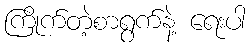
ကြိုက်တဲ့စာရွက်နဲ့ ရေးပါ